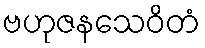
ဗဟုဇနသေဝိတံ